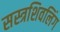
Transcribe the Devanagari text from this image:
सस्त्रशिवलिंग